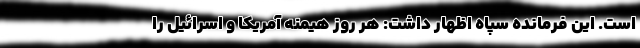
است. این فرمانده سپاه اظهار داشت: هر روز هیمنه آمریکا و اسرائیل را